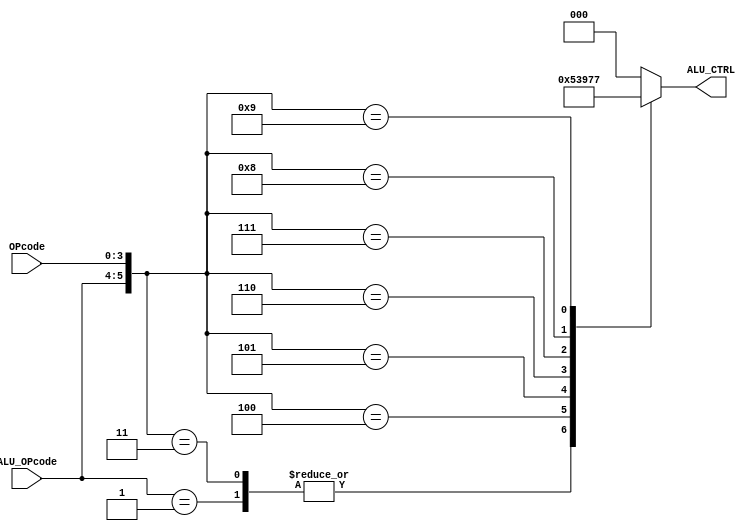
`define ALU_OP_SIZE   2 
`define OP_CODE_SIZE  4
`define ALU_CTRL_SIZE 3
`define INTERNAL_OP_LINE_SIZE 6 //(`ALU_OP_SIZE+`OP_CODE_SIZE)



module ALUCU (
    input [`OP_CODE_SIZE-1:0] OPcode,
    input [`ALU_OP_SIZE-1:0] ALU_OPcode,
    output reg[`ALU_CTRL_SIZE-1:0] ALU_CTRL
);

wire [`INTERNAL_OP_LINE_SIZE-1:0] internal_op_line ;
assign internal_op_line = {ALU_OPcode , OPcode };
always @(internal_op_line) begin
    casex (internal_op_line)
    `INTERNAL_OP_LINE_SIZE'b10xxxx : ALU_CTRL=3'd0;
    `INTERNAL_OP_LINE_SIZE'b01xxxx : ALU_CTRL=3'd1;
    `INTERNAL_OP_LINE_SIZE'b000010 : ALU_CTRL=3'd0;
    `INTERNAL_OP_LINE_SIZE'b000011 : ALU_CTRL=3'd1;
    `INTERNAL_OP_LINE_SIZE'b000100 : ALU_CTRL=3'd2;
    `INTERNAL_OP_LINE_SIZE'b000101 : ALU_CTRL=3'd3;
    `INTERNAL_OP_LINE_SIZE'b000110 : ALU_CTRL=3'd4;
    `INTERNAL_OP_LINE_SIZE'b000111 : ALU_CTRL=3'd5;
    `INTERNAL_OP_LINE_SIZE'b001000 : ALU_CTRL=3'd6;
    `INTERNAL_OP_LINE_SIZE'b001001 : ALU_CTRL=3'd7;
        default: ALU_CTRL=3'd0;
    endcase
end
endmodule